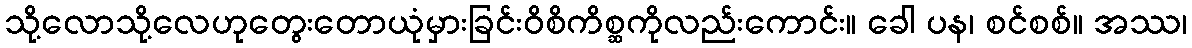
သို့လောသို့လေဟုတွေးတောယုံမှားခြင်းဝိစိကိစ္ဆကိုလည်းကောင်း။ ခေါ ပန၊ စင်စစ်။ အဿ၊